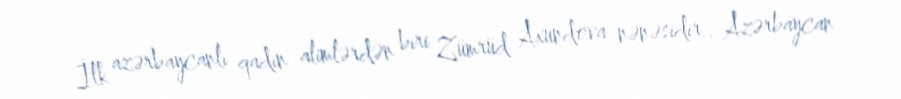
İlk azərbaycanlı qadın alimlərdən biri Zümrüd Axundova nənəsidir.. Azərbaycan